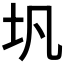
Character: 𪢵